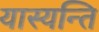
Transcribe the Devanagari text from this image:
यास्यन्ति